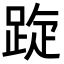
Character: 𨁁